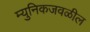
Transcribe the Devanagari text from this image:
म्युनिकजवळील